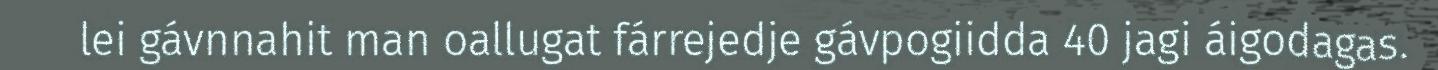
lei gávnnahit man oallugat fárrejedje gávpogiidda 40 jagi áigodagas.